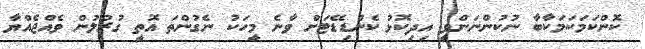
ކޮންކަމަކަމަކާބާ ނުކުންނަންވީ އިދިކޮޅު ކެންޑިޑޭޓަށް ވާނެ މީހަކު ނެގުންތަ އޮތީ ގުރުލުން ވެއްޖެއްޔާ